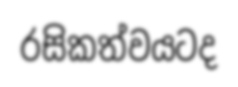
රසිකත්වයටද